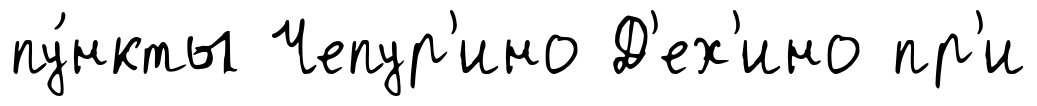
пу́нкты Чепур'ино Д'ех'ино пр'и